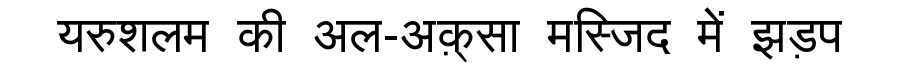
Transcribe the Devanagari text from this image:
यरुशलम की अल-अक़्सा मस्जिद में झड़प